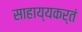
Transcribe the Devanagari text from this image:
साहाय्यकर्तं